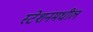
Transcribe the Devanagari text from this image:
स्टेशनमधील